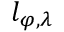
l _ { \varphi , \lambda }